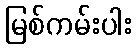
မြစ်ကမ်းပါး